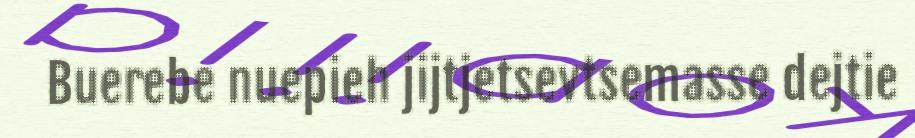
Buerebe nuepieh jijtjetsevtsemasse dejtie